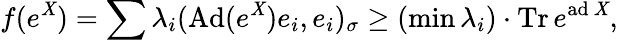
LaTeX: \displaystyle{f(e^{\mathit{X}})=\sum\lambda_{i}(\mathrm{{Ad}}(e^{\mathit{X}})e_{i},e_{i})_{\sigma}\geq(\operatorname*{min}\lambda_{i})\cdot\mathrm{{Tr}}\, e^{\mathrm{{ad}}\, \mathit{X}},}